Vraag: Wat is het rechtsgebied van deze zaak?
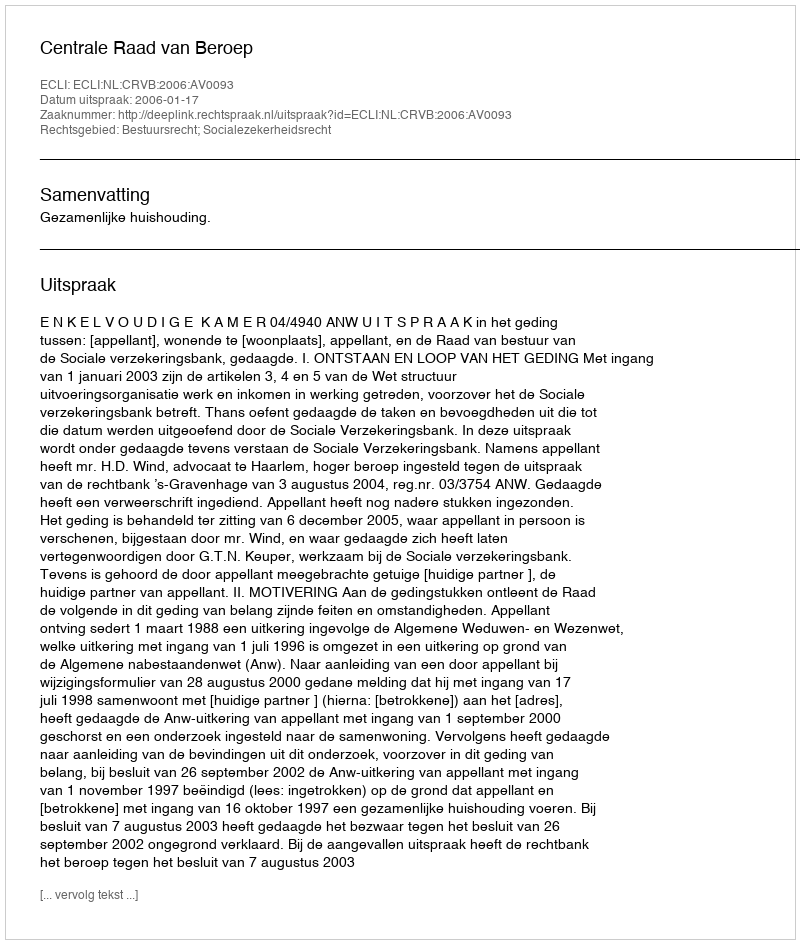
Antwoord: Bestuursrecht; Socialezekerheidsrecht